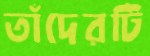
তাঁদেরটি